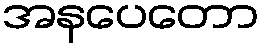
အနပေတော